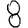
Digit: 8